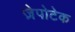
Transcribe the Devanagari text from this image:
ज़ेपोटेक